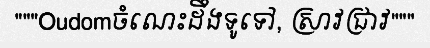
"""Oudomចំណេះដឹងទូទៅ, ស្រាវជ្រាវ"""